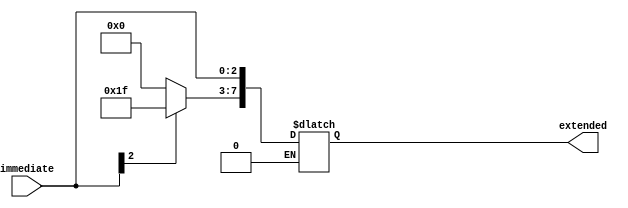
`timescale 1ns / 1ps
//////////////////////////////////////////////////////////////////////////////////
// Company: 
// Engineer: 
// 
// Design Name: 
// Module Name: SignEx
// Project Name: 
// Target Devices: 
// Tool Versions: 
// Description: 
// 
// Dependencies: 
// 
// Revision:
// Revision 0.01 - File Created
// Additional Comments:
// 
//////////////////////////////////////////////////////////////////////////////////


module sign_extend(input [2:0] immediate,
              output reg[7:0] extended
    );
    //reg msb;//register to store the msb
    //initial begin
   //assign msb = immediate[2];
  // if (msb==1)
  always @(immediate)begin
  if(immediate[2]==1)
   begin 
    extended[7:3]=5'b11111;
    extended[2:0]=immediate;
   end
   //if(msb==0)
   if(immediate[2]==0)begin 
   extended[7:3]=5'b00000;
   extended[2:0]=immediate;
   end
   end
   
    
endmodule